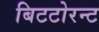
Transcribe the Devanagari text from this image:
बिटटोरन्ट